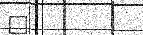
٥